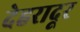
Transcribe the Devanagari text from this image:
देहरादूर